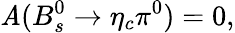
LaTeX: {\cal\mathit{A}}(B_{s}^{0}\rightarrow\eta_{c}\pi^{0})=0,